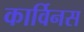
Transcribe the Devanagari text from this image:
कार्विनस